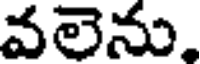
వలెను,